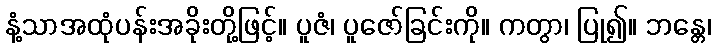
နံ့သာအထုံပန်းအခိုးတို့ဖြင့်။ ပူဇံ၊ ပူဇော်ခြင်းကို။ ကတွာ၊ ပြု၍။ ဘန္တေ၊